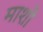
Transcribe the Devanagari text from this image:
माशो